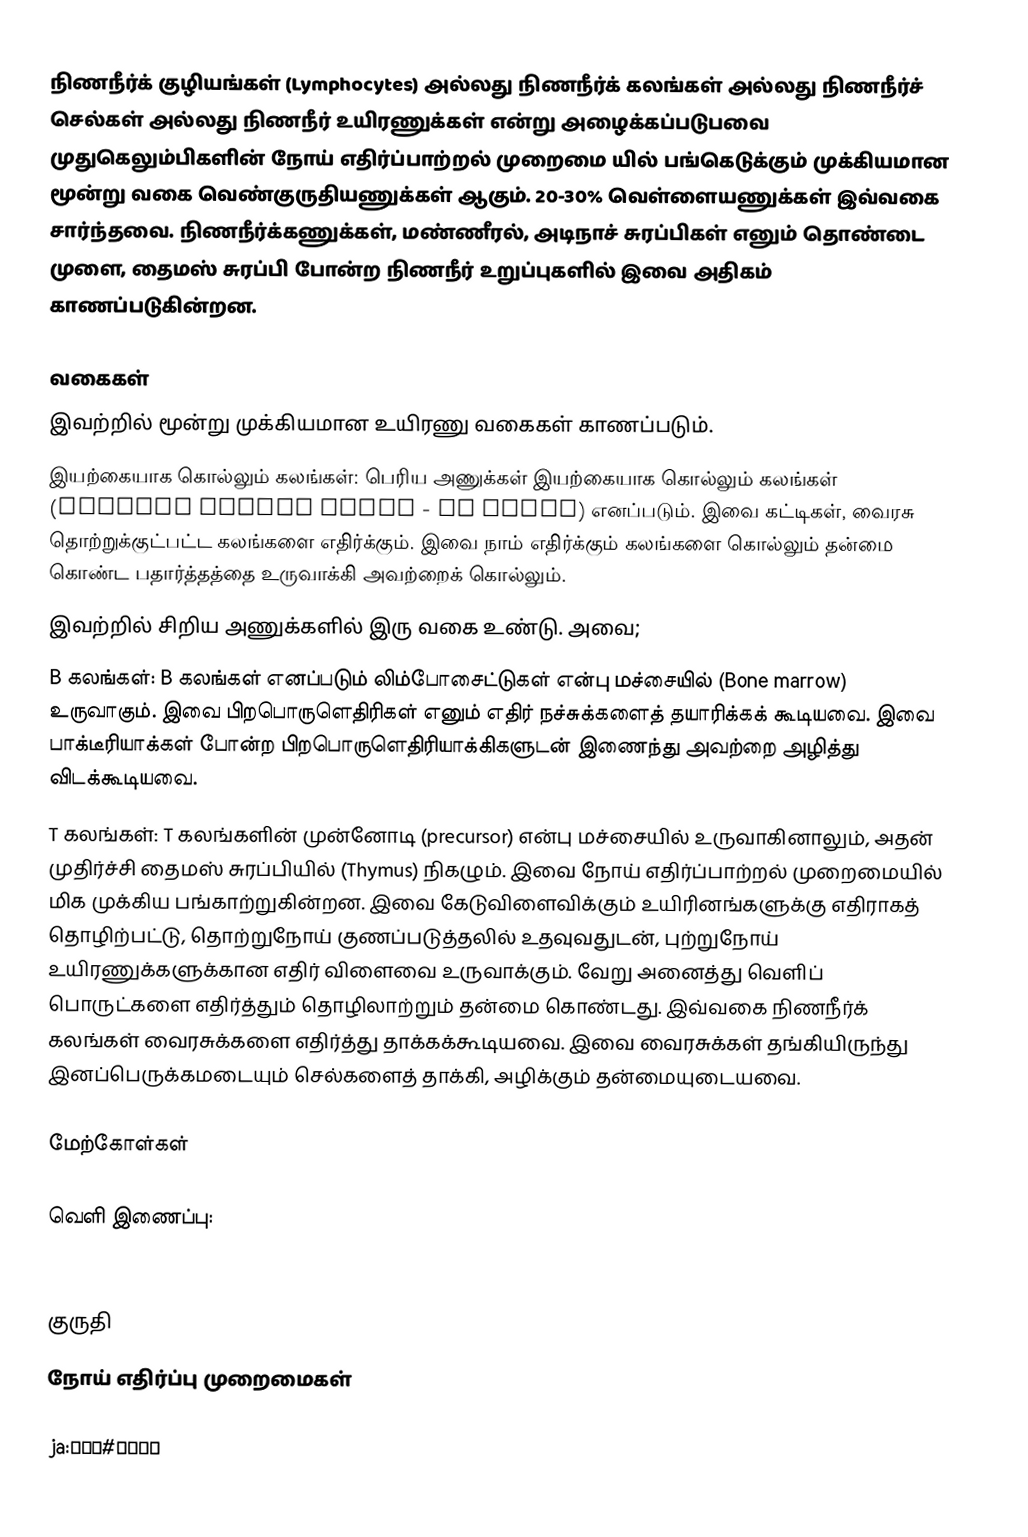
நிணநீர்க் குழியங்கள் (Lymphocytes) அல்லது நிணநீர்க் கலங்கள் அல்லது நிணநீர்ச் செல்கள் அல்லது நிணநீர் உயிரணுக்கள் என்று அழைக்கப்படுபவை முதுகெலும்பிகளின் நோய் எதிர்ப்பாற்றல் முறைமை யில் பங்கெடுக்கும் முக்கியமான மூன்று வகை வெண்குருதியணுக்கள் ஆகும். 20-30%  வெள்ளையணுக்கள் இவ்வகை சார்ந்தவை. நிணநீர்க்கணுக்கள், மண்ணீரல், அடிநாச் சுரப்பிகள் எனும் தொண்டை முளை, தைமஸ் சுரப்பி போன்ற நிணநீர் உறுப்புகளில் இவை அதிகம் காணப்படுகின்றன.

வகைகள்
இவற்றில் மூன்று முக்கியமான உயிரணு வகைகள் காணப்படும்.
 இயற்கையாக கொல்லும் கலங்கள்: பெரிய அணுக்கள் இயற்கையாக கொல்லும் கலங்கள் (natural killer cells - NK cells) எனப்படும். இவை கட்டிகள், வைரசு தொற்றுக்குட்பட்ட கலங்களை எதிர்க்கும். இவை நாம் எதிர்க்கும் கலங்களை கொல்லும் தன்மை கொண்ட பதார்த்தத்தை உருவாக்கி அவற்றைக் கொல்லும்.
 இவற்றில் சிறிய அணுக்களில் இரு வகை உண்டு. அவை;
B கலங்கள்: B கலங்கள் எனப்படும் லிம்போசைட்டுகள் என்பு மச்சையில் (Bone marrow) உருவாகும். இவை  பிறபொருளெதிரிகள் எனும் எதிர் நச்சுக்களைத் தயாரிக்கக் கூடியவை. இவை பாக்டீரியாக்கள் போன்ற பிறபொருளெதிரியாக்கிகளுடன் இணைந்து அவற்றை அழித்து விடக்கூடியவை.
T கலங்கள்: T கலங்களின் முன்னோடி (precursor) என்பு மச்சையில் உருவாகினாலும், அதன் முதிர்ச்சி தைமஸ் சுரப்பியில் (Thymus) நிகழும். இவை நோய் எதிர்ப்பாற்றல் முறைமையில் மிக முக்கிய பங்காற்றுகின்றன. இவை கேடுவிளைவிக்கும் உயிரினங்களுக்கு எதிராகத் தொழிற்பட்டு, தொற்றுநோய் குணப்படுத்தலில் உதவுவதுடன், புற்றுநோய் உயிரணுக்களுக்கான எதிர் விளைவை உருவாக்கும். வேறு அனைத்து வெளிப் பொருட்களை எதிர்த்தும் தொழிலாற்றும் தன்மை கொண்டது. இவ்வகை நிணநீர்க் கலங்கள் வைரசுக்களை எதிர்த்து தாக்கக்கூடியவை. இவை வைரசுக்கள் தங்கியிருந்து இனப்பெருக்கமடையும் செல்களைத் தாக்கி, அழிக்கும் தன்மையுடையவை.

மேற்கோள்கள்

வெளி இணைப்பு:
http://en.wikipedia.org/wiki/Lymphocytes

குருதி
நோய் எதிர்ப்பு முறைமைகள்

ja:白血球#リンパ球